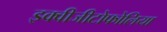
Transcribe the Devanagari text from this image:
इक्वीजीटोफोलिया